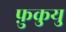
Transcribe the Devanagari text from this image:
फ़ुकुयु